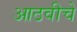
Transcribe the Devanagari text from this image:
आठवीचे